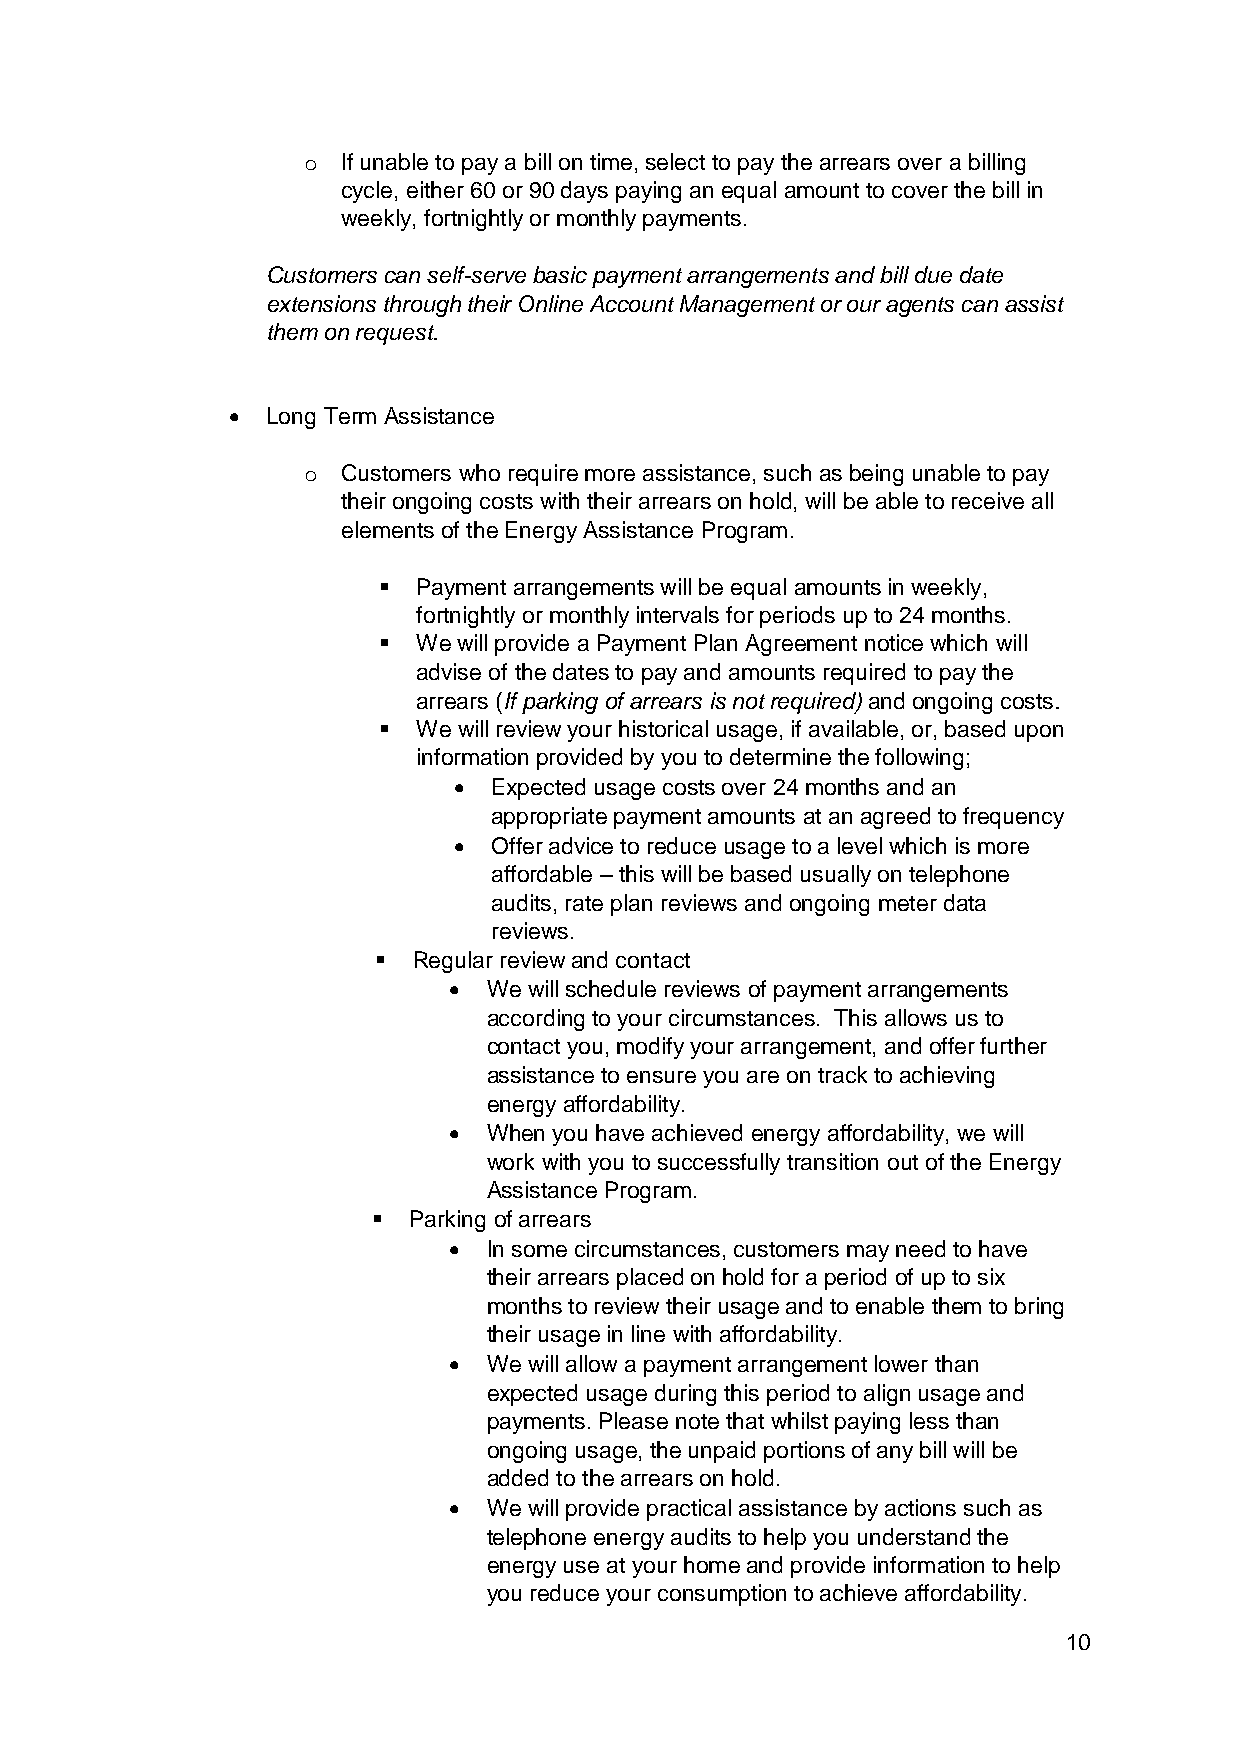
o  If unable to pay a bill on time, select to pay the arrears over a billing
 cycle, either 60 or 90 days paying an equal amount to cover the bill in
 weekly, fortnightly or monthly payments.
 Customers can self-serve basic payment arrangements and bill due date
 extensions through their Online Account Management or our agents can assist
 them on request.
 •  Long Term Assistance
 o  Customers who require more assistance, such as being unable to pay
 their ongoing costs with their arrears on hold, will be able to receive all
 elements of the Energy Assistance Program.
 ▪  Payment arrangements will be equal amounts in weekly,
 fortnightly or monthly intervals for periods up to 24 months.
 ▪  We will provide a Payment Plan Agreement notice which will
 advise of the dates to pay and amounts required to pay the
 arrears (If parking of arrears is not required) and ongoing costs.
 ▪  We will review your historical usage, if available, or, based upon
 information provided by you to determine the following;
 •  Expected usage costs over 24 months and an
 appropriate payment amounts at an agreed to frequency
 •  Offer advice to reduce usage to a level which is more
 affordable – this will be based usually on telephone
 audits, rate plan reviews and ongoing meter data
 reviews.
 ▪ Regular review and contact
 • We will schedule reviews of payment arrangements
 according to your circumstances. This allows us to
 contact you, modify your arrangement, and offer further
 assistance to ensure you are on track to achieving
 energy affordability.
 • When you have achieved energy affordability, we will
 work with you to successfully transition out of the Energy
 Assistance Program.
 ▪ Parking of arrears
 • In some circumstances, customers may need to have
 their arrears placed on hold for a period of up to six
 months to review their usage and to enable them to bring
 their usage in line with affordability.
 • We will allow a payment arrangement lower than
 expected usage during this period to align usage and
 payments. Please note that whilst paying less than
 ongoing usage, the unpaid portions of any bill will be
 added to the arrears on hold.
 • We will provide practical assistance by actions such as
 telephone energy audits to help you understand the
 energy use at your home and provide information to help
 you reduce your consumption to achieve affordability.
 10